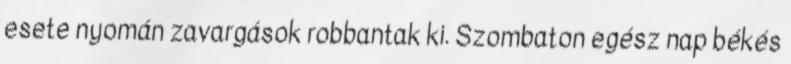
esete nyomán zavargások robbantak ki. Szombaton egész nap békés